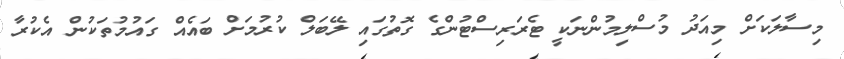
މިސާލަކަށް މިއަދު މުސްލިމުންނަކީ ޓެރަރިސްޓުންގެ ގޮތުގައި ލޭބަލް ކުރުމަށް ބައެއް ގައުމުތަކުން އެކުރާ